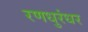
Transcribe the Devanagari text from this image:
रणधुरंधर